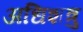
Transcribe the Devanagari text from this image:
अधिशत्रु